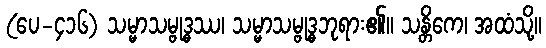
(ပေ-၄၁၆) သမ္မာသမ္ဗုဒ္ဓဿ၊ သမ္မာသမ္ဗုဒ္ဓဘုရား၏။ သန္တိကေ၊ အထံသို့။